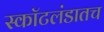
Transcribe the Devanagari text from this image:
स्कॉटलंडातच